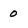
Character: 0